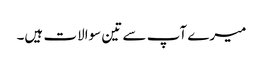
میرے آپ سے تین سوالات ہیں۔